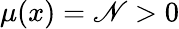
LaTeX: \mu(x)=\mathscr{N}>0